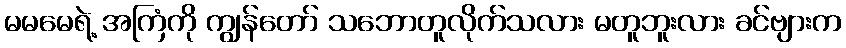
မမမေရဲ့ အကြံကို ကျွန်တော် သဘောတူလိုက်သလား မတူဘူးလား ခင်ဗျားက